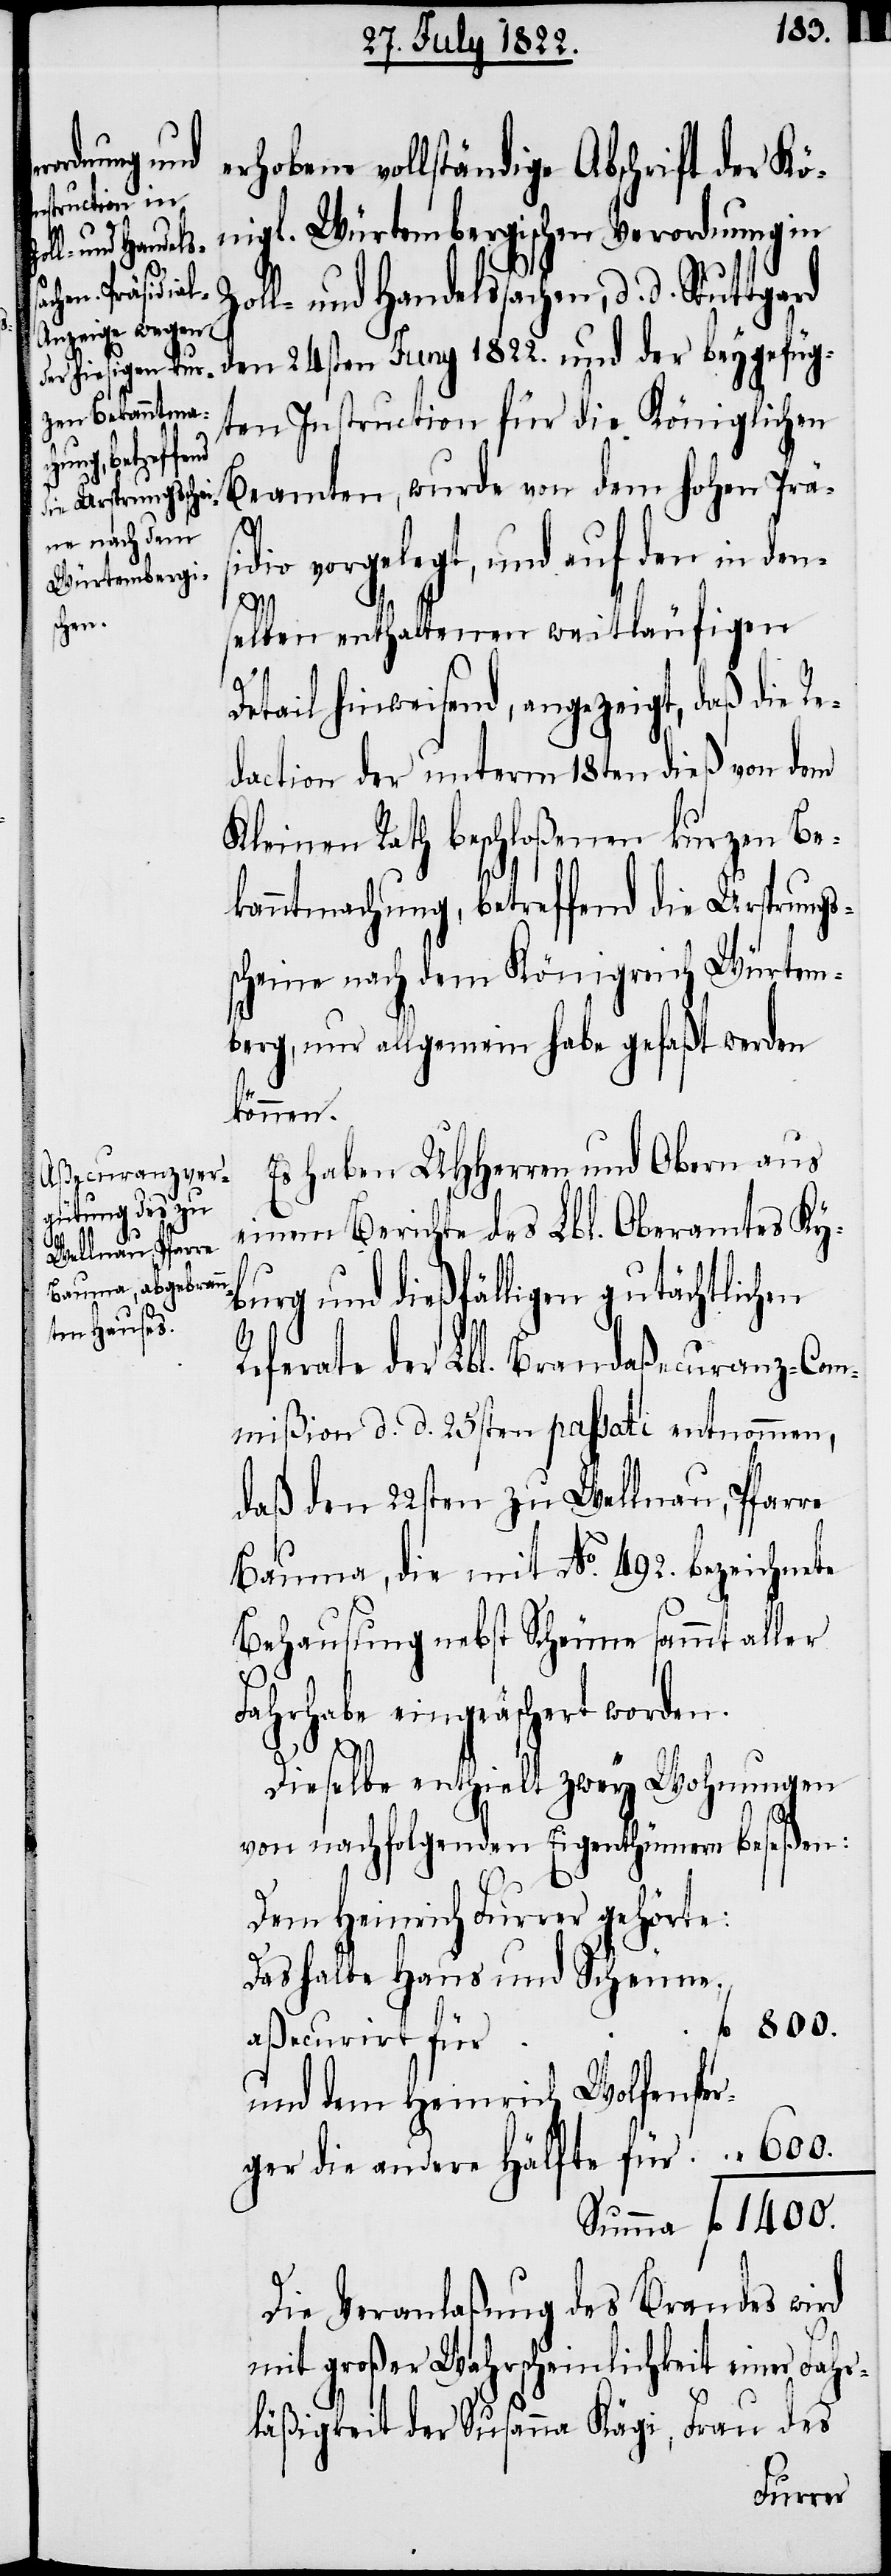
erhobene vollständige Abschrift der Kö¬
nigl. Würtembergischen Verordnung in
Zoll- und Handelssachen, d. d. Stut¬
den 24sten Juny 1822. und der beygefüg¬
ten Instruction für die Königlichen
Beamten, wurde von dem Hohen Präs¬
idio vorgelegt, und auf den in den¬
tgard
selben enthaltenen weitläufigen
Detail hinweisend, angezeigt, daß die Re¬
daction der unterm 18ten dieß von dem
Kleinen Rath beschloßenen kurzen Be¬
kanntmachung, betreffend die Ursprungs¬
scheine nach dem Königreich Würtem¬
berg, nur allgemeine habe gefaßt werden
können.
Es haben UHHerrn und Obern aus
einem Berichte des Lbl. Oberamtes Ky¬
burg und dießfälligen gutächtlichen
Referate der Lbl. Brandaßecuranz-Com¬
mißion d. d. 25sten passati entnommen,
daß den 22sten zu Wallnau, Pfarre
Bauma, die mit No. 492. bezeichnete
Behausung nebst Scheune sammt aller
Fahrhabe eingeäschert worden.
Dieselbe enthielt zwey Wohnungen
von nachfolgenden Eigenthümern beseßen:
Dem Heinrich Furrer gehörte:
Dasselbe Haus und Scheune.
aßecurirt für
und dem Heinrich Wolfenspe¬
die andere Hälfte für 	fl. 600.
Summa fl. 1400.
Die Veranlaßung des Brandes wird
mit großer Wahrscheinlichkeit einer Fahr¬
läßigkeit der Susanna Kägi, Frau des
rger